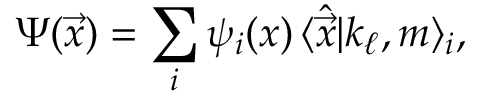
\Psi ( \vec { x } ) = \sum _ { i } \psi _ { i } ( x ) \, \langle \hat { \vec { x } } | k _ { \ell } , m \rangle _ { i } ,